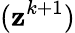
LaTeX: (\mathbf{z}^{k+1})